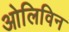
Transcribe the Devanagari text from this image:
ओलिविन